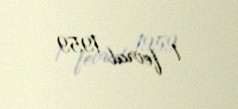
1 fevral 1959